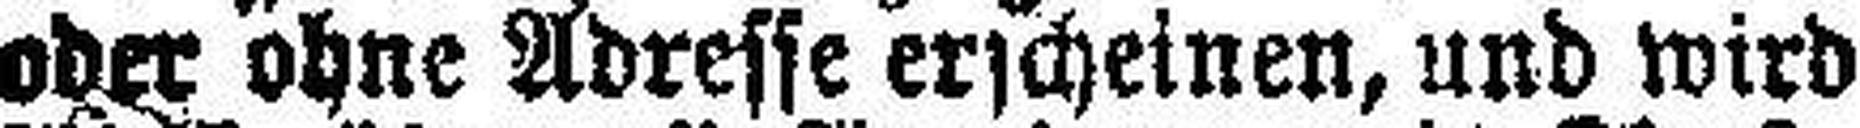
oder ohne Adresse erscheinen, und wird